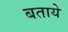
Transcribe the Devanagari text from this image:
बतायेे